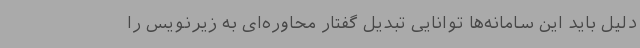
دلیل باید این سامانه‌ها توانایی تبدیل گفتار محاوره‌ای به زیرنویس را